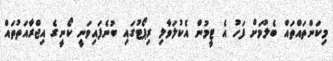
މިކަންތައްތައް ބެލުމަށް ފަހު އެ ޓީމުން އެކުލަވާލި ރިޕޯޓުގައި ބުނެފައިވަނީ ކޯނީގެ އިޖްރާއަތުތައް